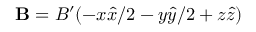
\mathbf { B } = B ^ { \prime } ( - x \hat { x } / 2 - y \hat { y } / 2 + z \hat { z } )